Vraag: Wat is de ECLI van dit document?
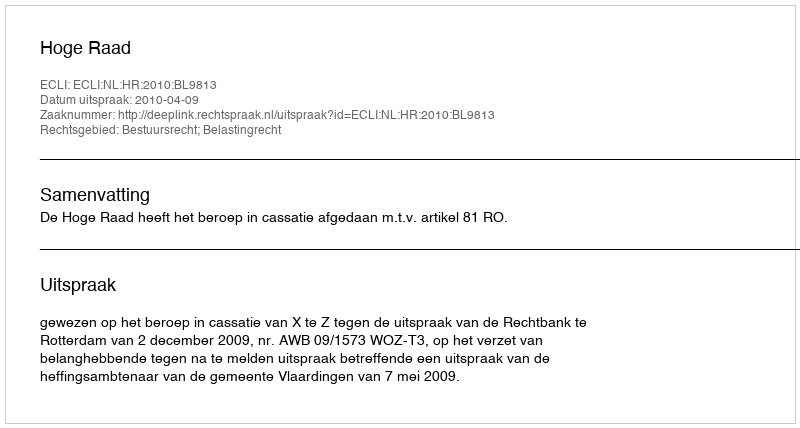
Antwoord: ECLI:NL:HR:2010:BL9813